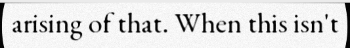
arising of that. When this isn't